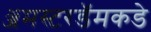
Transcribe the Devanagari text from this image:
ॲमस्टरडॅमकडे